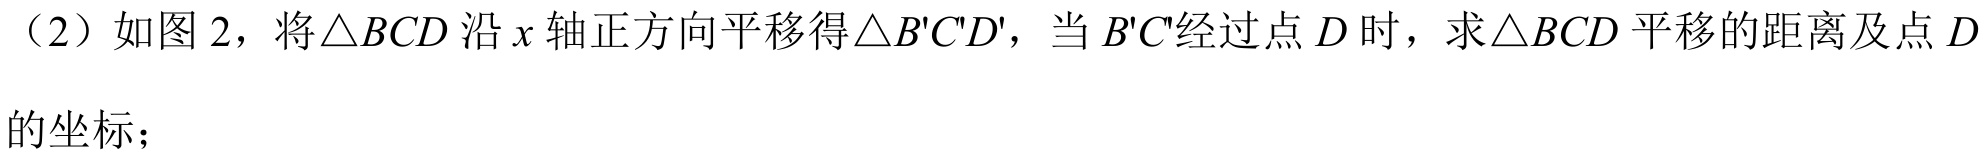
（2）如图2，将\(\triangle BCD\)沿\(x\)轴正方向平移得\(\triangle B'C'D'\)，当\(B'C'\)经过点\(D\)时，求\(\triangle BCD\)平移的距离及点\(D\)
的坐标；